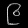
Digit: ၉